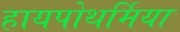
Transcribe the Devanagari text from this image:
हायपोथर्मिया